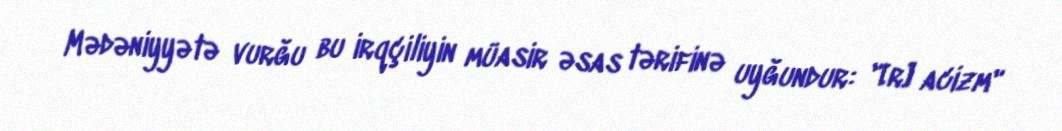
Mədəniyyətə vurğu bu irqçiliyin müasir əsas tərifinə uyğundur: "[r] acizm"